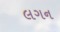
લગન